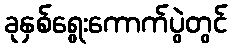
ခုနှစ်ရွေးကောက်ပွဲတွင်